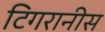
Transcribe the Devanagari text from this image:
टिगरानीस